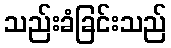
သည်းခံခြင်းသည်